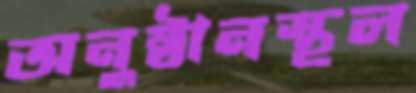
অনুষ্ঠানস্থল